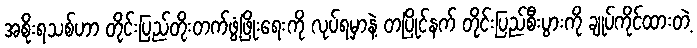
အစိုးရသစ်ဟာ တိုင်းပြည်တိုးတက်ဖွံ့ဖြိုးရေးကို လုပ်ရမှာနဲ့ တပြိုင်နက် တိုင်းပြည်စီးပွားကို ချုပ်ကိုင်ထားတဲ့